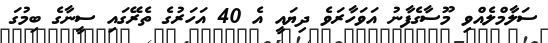
ސަލާމްލެއްވި މޫސާގެފާނު އަވަހާރަވެ ދިޔައީ އެ 40 އަހަރުގެ ތެރޭގައި ސީނާގެ ބިމުގަ